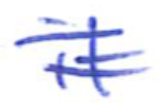
Text: it
Cross-out: double-line
Writing tool: ballpoint